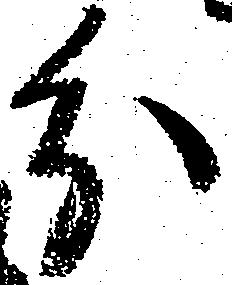
分